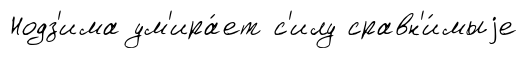
Нодз'има ум'ира́ет с'илу сравн'и́мыjе